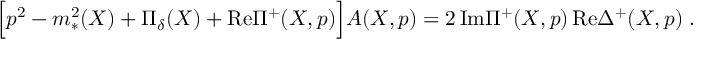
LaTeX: \Bigr [ p ^ { 2 } - m _ { * } ^ { 2 } ( X ) + \Pi _ { \delta } ( X ) + \mathrm { R e } \Pi ^ { + } ( X , p ) \Bigl ] A ( X , p ) = 2 \, \mathrm { I m } \Pi ^ { + } ( X , p ) \, \mathrm { R e } \Delta ^ { + } ( X , p ) \; .